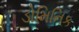
ડોમિનિક